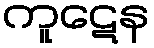
ကူဋေန